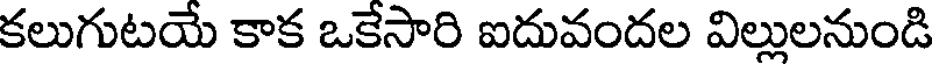
కలుగుటయే కాక ఒకేసారి ఐదువందల విల్లులనుండి